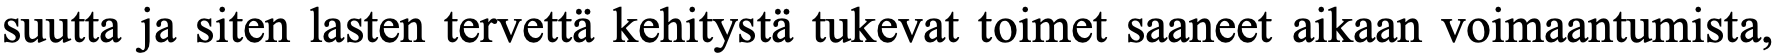
suutta ja siten lasten tervettä kehitystä tukevat toimet saaneet aikaan voimaantumista,